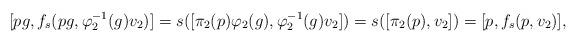
LaTeX: \begin{align*}[pg,f_s(pg,\varphi_2^{-1}(g)v_2)]=s([\pi_2(p)\varphi_2(g),\varphi_2^{-1}(g)v_2])=s([\pi_2(p),v_2])=[p,f_s(p,v_2)],\end{align*}